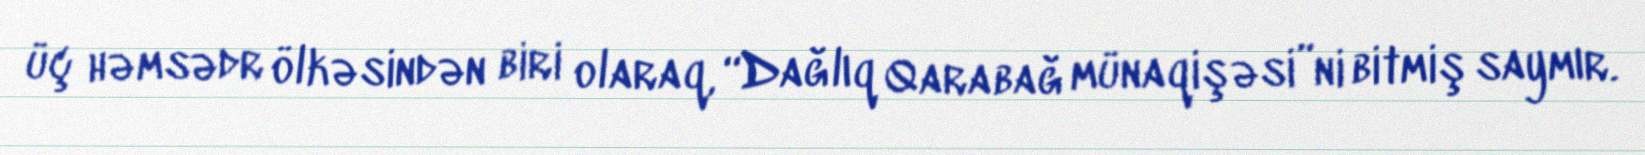
üç həmsədr ölkəsindən biri olaraq, “Dağlıq Qarabağ münaqişəsi”ni bitmiş saymır.